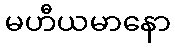
မဟီယမာနော